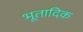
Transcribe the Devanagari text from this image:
भूतादिक